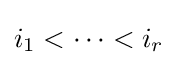
i_{1}<\dots <i_{r}